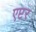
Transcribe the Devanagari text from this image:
एप्टर